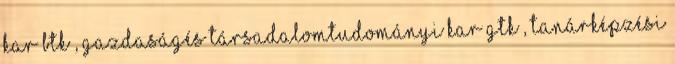
Kar BTK , Gazdaságés Társadalomtudományi Kar GTK , Tanárképzési